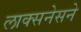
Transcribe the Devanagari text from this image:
लाक्सनेसने